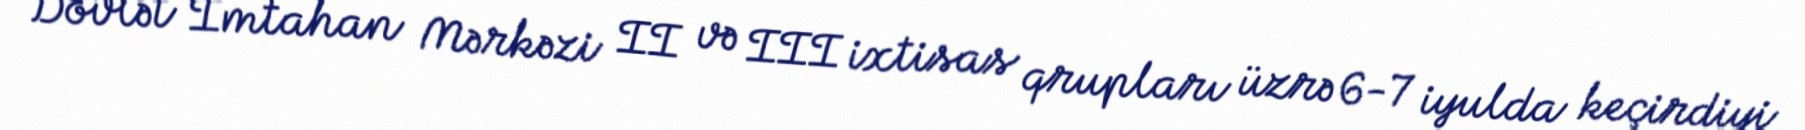
Dövlət İmtahan Mərkəzi II və III ixtisas qrupları üzrə 6-7 iyulda keçirdiyi